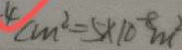
4 c m ^ { 2 } = 5 \times 1 0 ^ { - 8 } m ^ { 2 }